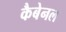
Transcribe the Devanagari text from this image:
कैबेनल